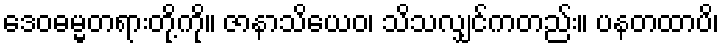
ဒေဝဓမ္မတရားတို့ကို။ ဇာနာသိယေဝ၊ သိသလျှင်ကတည်း။ ပနတထာပိ၊